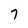
Character: 7